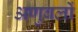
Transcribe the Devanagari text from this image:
अणुबलों